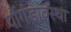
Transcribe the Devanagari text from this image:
पौंगंडावस्था